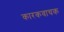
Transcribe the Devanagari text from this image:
कारकवाचक